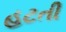
હટતી